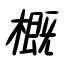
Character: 概